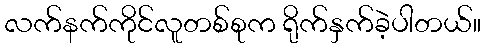
လက်နက်ကိုင်လူတစ်စုက ရိုက်နှက်ခဲ့ပါတယ်။